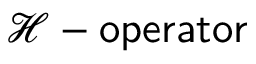
\mathcal { H } - \mathsf { o p e r a t o r }